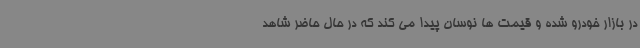
در بازار خودرو شده و قیمت ها نوسان پیدا می کند که در حال حاضر شاهد